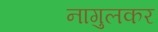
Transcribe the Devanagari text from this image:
नागुलकर